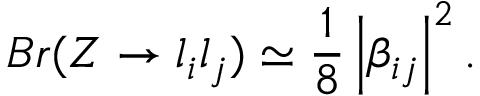
B r ( Z \rightarrow l _ { i } l _ { j } ) \simeq \frac { 1 } { 8 } \left| \beta _ { i j } \right| ^ { 2 } .